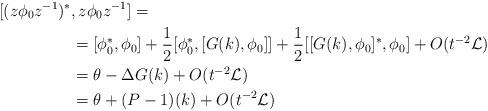
LaTeX: \begin{align*}[(z\phi_0z^{-1})^*&,z\phi_0z^{-1}]= \\&=[\phi_0^*,\phi_0]+\frac{1}{2}[\phi_0^*,[G(k),\phi_0]]+\frac{1}{2}[[G(k),\phi_0]^*,\phi_0]+O(t^{-2}\mathcal L)\\&=\theta-\Delta G(k)+O(t^{-2}\mathcal L) \\&=\theta+(P-1)(k)+O(t^{-2}\mathcal L)\end{align*}